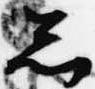
忩